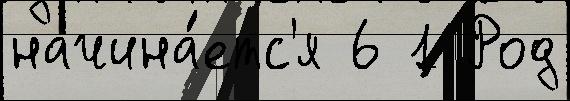
начина́етс'я 6 1 Род